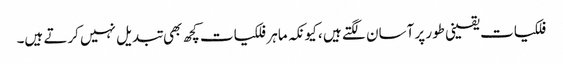
فلکیات یقینی طور پر آسان لگتے ہیں ، کیونکہ ماہر فلکیات کچھ بھی تبدیل نہیں کرتے ہیں۔